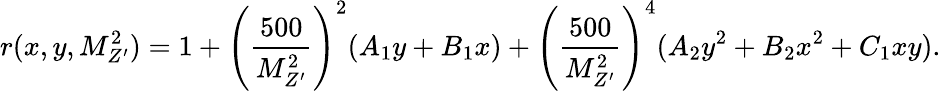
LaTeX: r(x,y,M_{Z^{\prime}}^{2})=1+\left(\frac{500}{M_{Z^{\prime}}^{2}}\right)^{2}(A_{1}y+B_{1}x)+\left(\frac{500}{M_{Z^{\prime}}^{2}}\right)^{4}(A_{2}y^{2}+B_{2}x^{2}+C_{1}xy).